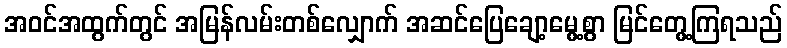
အဝင်အထွက်တွင် အမြန်လမ်းတစ်လျှောက် အဆင်ပြေချော့မွေ့စွာ မြင်တွေ့ကြရသည်